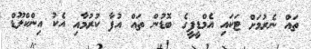
ތައް ނެރުމަށް ޓަކައި އެމްޑީޕީގެ ބޮޑުން ތައް އުފާ ކުރުމާއި އެކު އިންކްލޫޑް